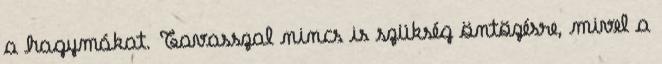
a hagymákat. Tavasszal nincs is szükség öntözésre, mivel a